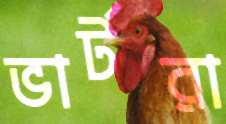
ভার্টরা